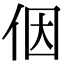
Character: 𪜶